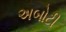
અબોટી